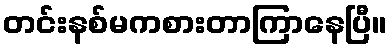
တင်းနစ်မကစားတာကြာနေပြီ။